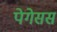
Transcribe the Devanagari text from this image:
पेगेसस